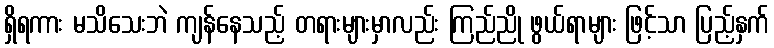
ရှိရကား မသိသေးဘဲ ကျန်နေသည့် တရားများမှာလည်း ကြည်ညို ဖွယ်ရာများ ဖြင့်သာ ပြည့်နှက်